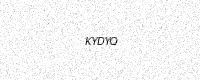
Text: KYDYQ